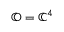
\mathbb { O } = \mathbb { C } ^ { 4 }